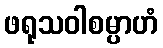
ဖရုသဝါစမ္ပာဟံ